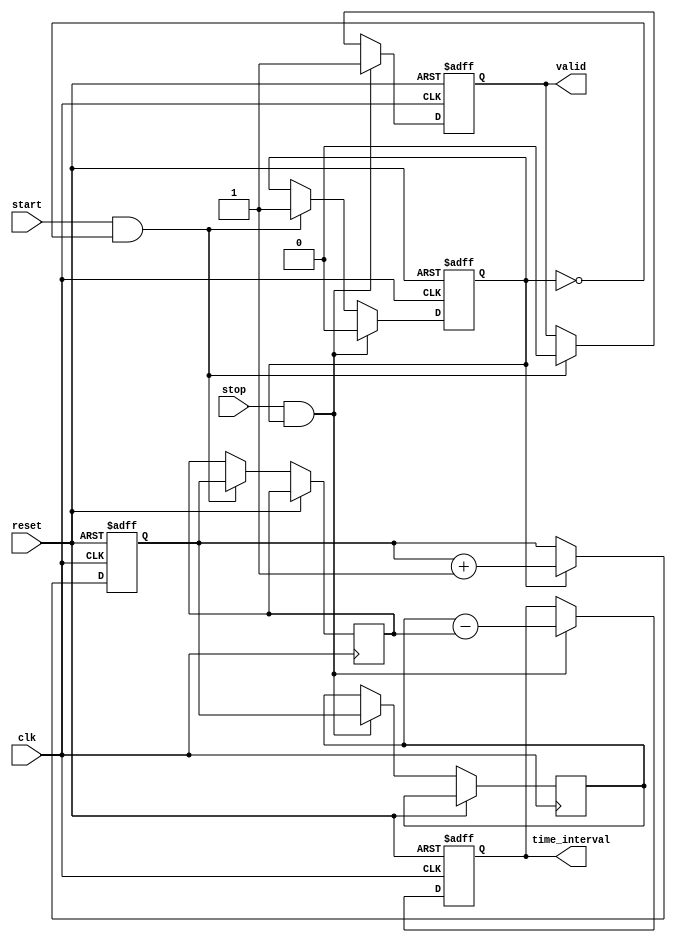
module TDC (
    input wire clk,                // High-frequency clock signal
    input wire reset,              // Reset signal
    input wire start,              // Start event signal
    input wire stop,               // Stop event signal
    output reg [15:0] time_interval, // Output time interval (16-bit)
    output reg valid               // Output valid signal
);

    reg [15:0] counter;            // Time counter
    reg [15:0] start_time;         // Start time capture
    reg [15:0] stop_time;          // Stop time capture
    reg measuring;                 // Measuring state flag

    // Memory block to store time intervals (for example, 8 measurements)
    reg [15:0] memory [0:7];
    reg [2:0] mem_index;           // Memory index for storing intervals

    // Edge detection and counting logic
    always @(posedge clk or posedge reset) begin
        if (reset) begin
            counter <= 16'b0;
            time_interval <= 16'b0;
            valid <= 1'b0;
            measuring <= 1'b0;
            mem_index <= 3'b0;
        end else begin
            // Increment counter if measuring
            if (measuring) begin
                counter <= counter + 1;
            end

            // Start event detection
            if (start && !measuring) begin
                start_time <= counter; // Capture start time
                measuring <= 1'b1;      // Start measuring
                valid <= 1'b0;          // Reset valid flag
            end

            // Stop event detection
            if (stop && measuring) begin
                stop_time <= counter;   // Capture stop time
                measuring <= 1'b0;       // Stop measuring
                time_interval <= stop_time - start_time; // Calculate time interval
                valid <= 1'b1;           // Set valid flag

                // Store the time interval in memory
                if (mem_index < 3'b111) begin
                    memory[mem_index] <= time_interval; // Store in memory
                    mem_index <= mem_index + 1;         // Increment memory index
                end
            end
        end
    end

endmodule